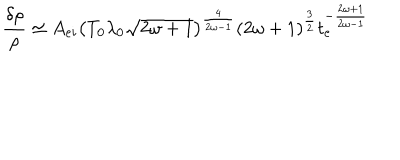
\frac { \delta \rho } { \rho } \simeq A _ { e i } \left( T _ { 0 } \lambda _ { 0 } \sqrt { 2 \omega + 1 } \right) ^ { \frac { 4 } { 2 \omega - 1 } } ( 2 \omega + 1 ) ^ { \frac { 3 } { 2 } } t _ { e } ^ { - \frac { 2 \omega + 1 } { 2 \omega - 1 } }